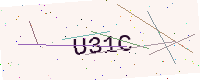
Text: U31C